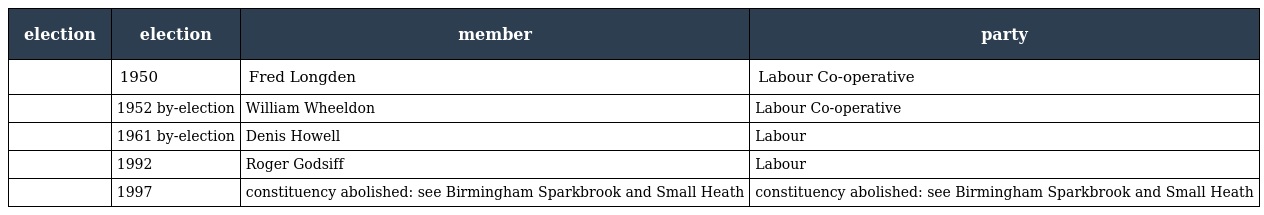
| election | election | member | party |
 | --- | --- | --- | --- |
 |  | 1950 | Fred Longden | Labour Co-operative |
 |  | 1952 by-election | William Wheeldon | Labour Co-operative |
 |  | 1961 by-election | Denis Howell | Labour |
 |  | 1992 | Roger Godsiff | Labour |
 |  | 1997 | constituency abolished: see Birmingham Sparkbrook and Small Heath | constituency abolished: see Birmingham Sparkbrook and Small Heath |